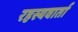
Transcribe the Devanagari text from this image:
रहस्यवार्ता